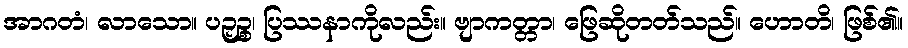
အာဂတံ၊ လာသော။ ပဉှဉ္စ၊ ပြဿနာကိုလည်း။ ဗျာကတ္တာ၊ ဖြေဆိုတတ်သည်။ ဟောတိ၊ ဖြစ်၏။